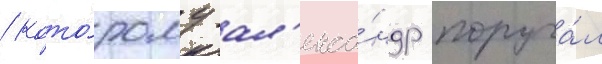
/ кото́рому ал'екса́ндр поруча́л